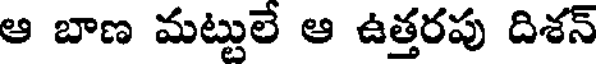
ఆ బాణ మట్టులే ఆ ఉత్తరపు దిశన్